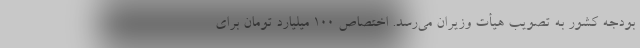
بودجه کشور به تصویب هیأت وزیران می‌رسد. اختصاص 100 میلیارد تومان برای